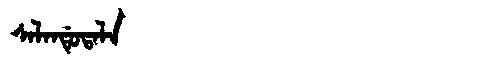
Manchu: ᠰᠠᠯᠠᠨᡩᡠᡨᠠᠯᠠ
Romanization: SALANDUTALA